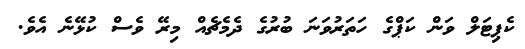
ކެޕިޓަލް ވަން ކަޕްގެ ހަތަރުވަނަ ބުރުގެ ދެމެޗެއް މިރޭ ވެސް ކުޅޭނެ އެވެ.